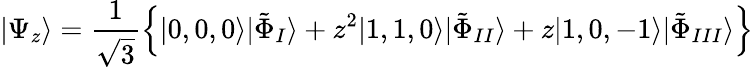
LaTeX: |\Psi_{z}\rangle=\frac{1}{\sqrt{3}}\left\{ |0,0,0\rangle|\tilde{\Phi}_{I}\rangle+z^{2}|1,1,0\rangle|\tilde{\Phi}_{II}\rangle+z|1,0,-1\rangle|\tilde{\Phi}_{III}\rangle\right\}